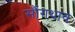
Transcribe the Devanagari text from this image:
सौंगथाव